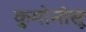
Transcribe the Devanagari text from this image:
कुमोनोसू